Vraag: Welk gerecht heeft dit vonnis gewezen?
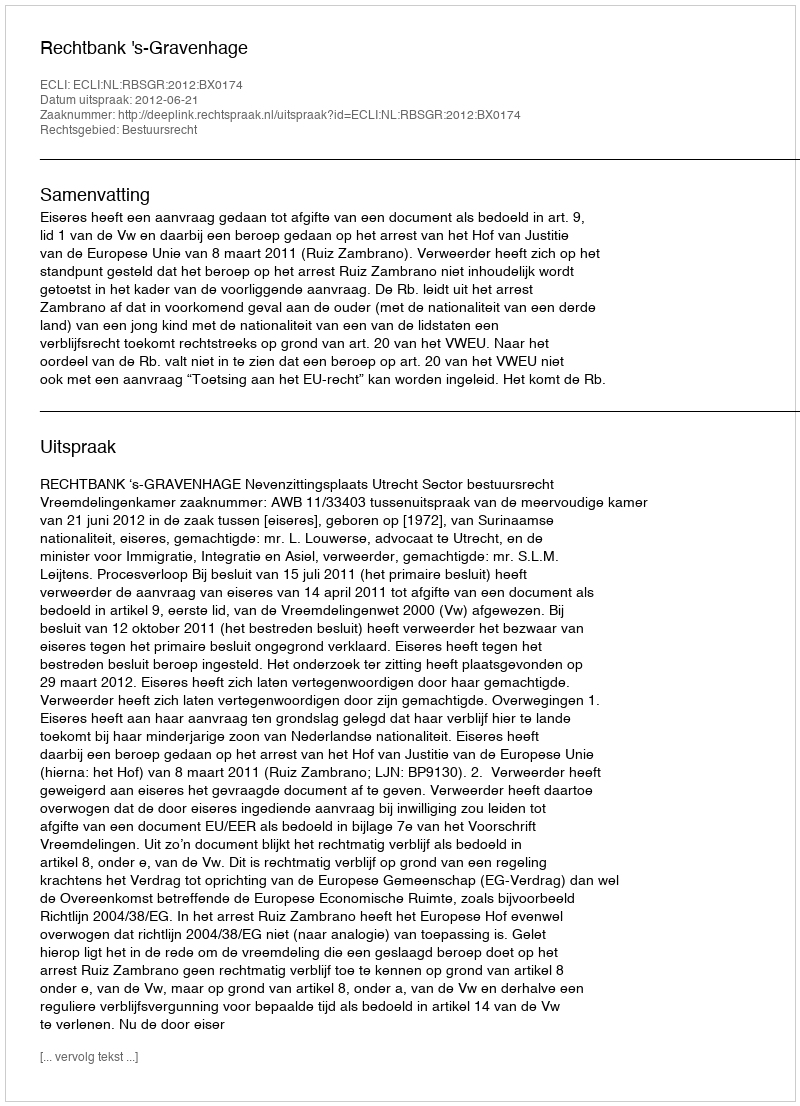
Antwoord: Rechtbank 's-Gravenhage